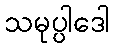
သမုပ္ပါဒေါ